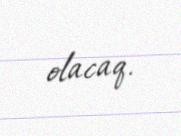
olacaq.